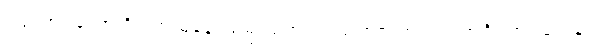
ကြဉ်အပ်သော ဝိပါတ် မနောသမ္ဖဿအား။ သဟဇာတ။ ပ။ အဝိဂတဝသေန၊